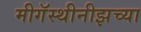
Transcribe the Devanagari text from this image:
मीगॅस्थीनीझच्या